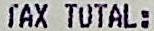
TAX TOTAL: